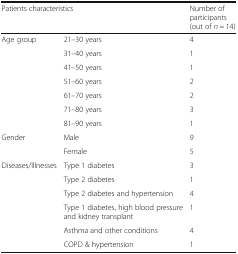
| <COLSPAN=2> Patients characteristics | Number of participants (out of n = 14) |
 | --- | --- | --- |
 | <ROWSPAN=7> Age group | 21–30 years | 4 |
 | 31–40 years | 1 |
 | 41–50 years | 1 |
 | 51–60 years | 2 |
 | 61–70 years | 2 |
 | 71–80 years | 3 |
 | 81–90 years | 1 |
 | <ROWSPAN=2> Gender | Male | 9 |
 | Female | 5 |
 | <ROWSPAN=6> Diseases/Illnesses | Type 1 diabetes | 3 |
 | Type 2 diabetes | 1 |
 | Type 2 diabetes and hypertension | 4 |
 | Type 1 diabetes, high blood pressure and kidney transplant | 1 |
 | Asthma and other conditions | 4 |
 | COPD & hypertension | 1 |